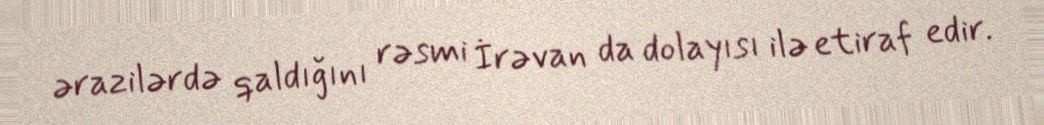
ərazilərdə qaldığını rəsmi İrəvan da dolayısı ilə etiraf edir.